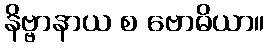
နိဗ္ဗာနာယ စ ဗောဓိယာ။